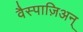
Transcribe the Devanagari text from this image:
वैस्पाज़िअन्